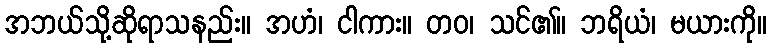
အဘယ်သို့ဆိုရာသနည်း။ အဟံ၊ ငါကား။ တဝ၊ သင်၏။ ဘရိယံ၊ မယားကို။